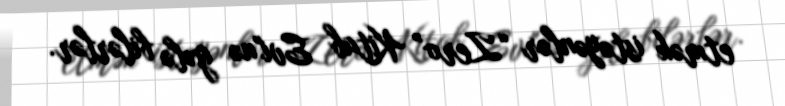
etmək istəyənlər “Zero” Kitab Evi"nə gələ bilərlər.